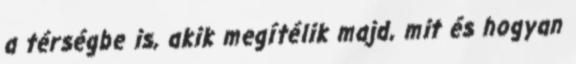
a térségbe is, akik megítélik majd, mit és hogyan